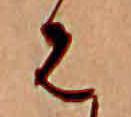
は